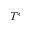
T ^ { \epsilon }